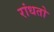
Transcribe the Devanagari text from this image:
रांधतो